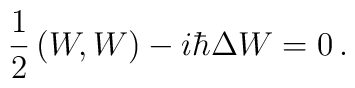
{1\over2} \left(W,W\right)-i\hbar \Delta W =0\,.